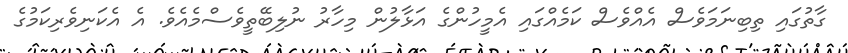
ގާތުގައި ތިބިނަމަވެސް އެއްވެސް ކަމެއްގައި އެމީހުންގެ އަޅާލުން މިހާރު ނުލިބޭތީވެސްމެއެވެ. އެ އެކަނިވެރިކަމުގެ